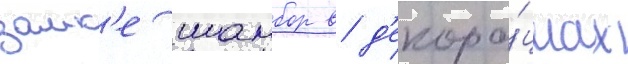
замк'е шамбор в д'екора́циах